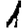
Digit: 1